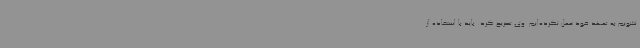
نشویم به تعهد خود عمل نکرده‌ایم. وی تصریح کرد: باید با استفاده از